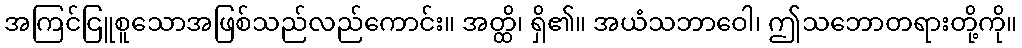
အကြင်ငြူစူသောအဖြစ်သည်လည်ကောင်း။ အတ္ထိ၊ ရှိ၏။ အယံသဘာဝေါ၊ ဤသဘောတရားတို့ကို။